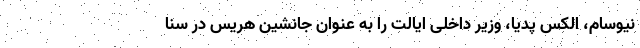
نیوسام، الکس پِدیا، وزیر داخلی ایالت را به عنوان جانشین هریس در سنا